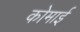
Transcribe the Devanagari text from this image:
कोमाई